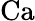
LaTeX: \mathrm{Ca}